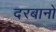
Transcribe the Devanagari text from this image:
दरबानों